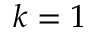
k = 1